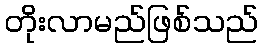
တိုးလာမည်ဖြစ်သည်